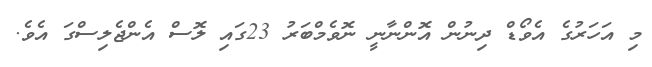
މި އަހަރުގެ އެވޯޑް ދިނުން އޮންނާނީ ނޮވެމްބަރު 23ގައި ލޮސް އެންޖެލިސްގަ އެވެ.